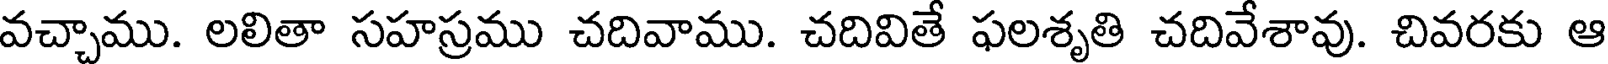
వచ్చాము. లలితా సహస్రము చదివాము. చదివితే ఫలశృతి చదివేశావు. చివరకు ఆ